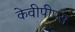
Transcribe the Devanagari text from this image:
केवीपीएस